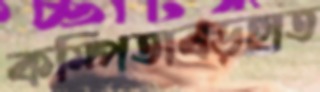
কম্পিতাবড়হাত